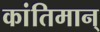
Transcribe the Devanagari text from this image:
कांतिमान्‌